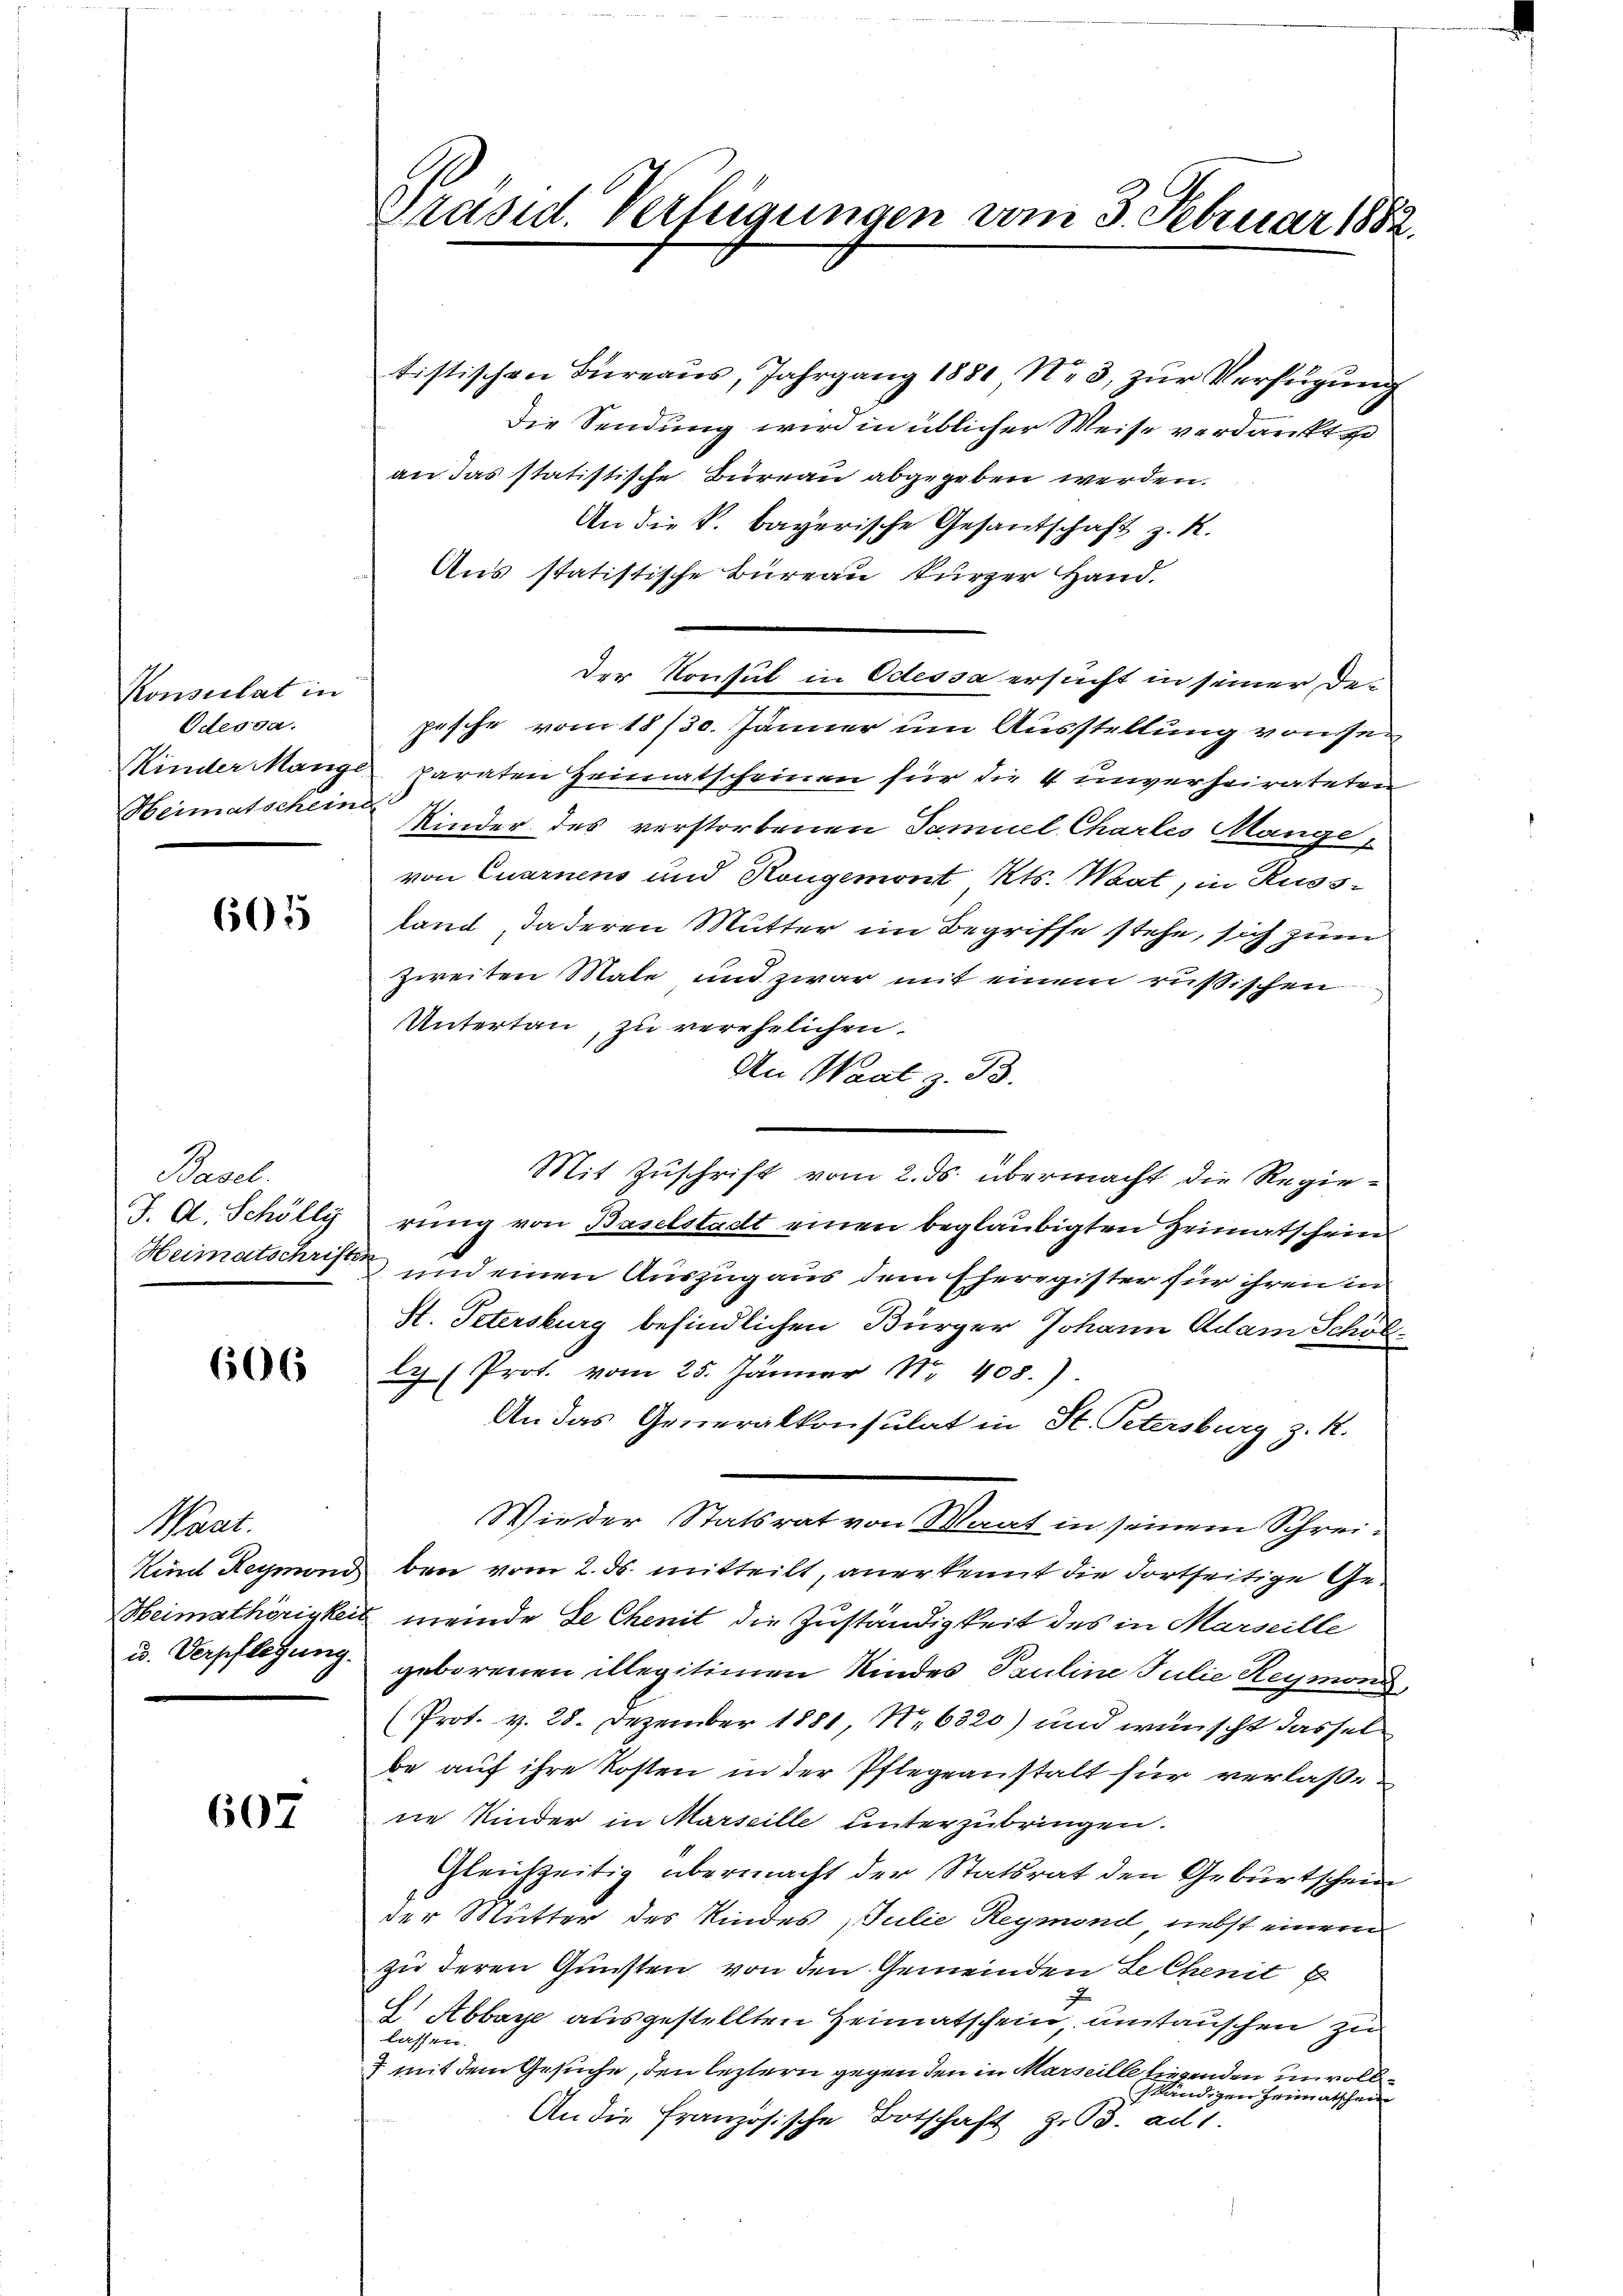
Pemontat in
Odeosa.
Heimatscheine

605

Basel.
J. A. Schölly

606

Mart.
u. Verpflegung.

607

Präsid. Verfügungen vom 3. Februar 1882.

tistischen Büreaŭs, Jahrgang 1881, Nr. 3, zŭr Verfügŭng
Die Sendung wird in üblicher Weise verdankt
an das statistische Büreau abgegeben werden.
An die S. bayerische Gesandschaft z. R.
Aus statistische Büreau kurzer Hand.
Der Konsul in Odessa ersucht in seiner Depesche vom 18/30. Jänner um Ausstellung von se
Kinder Mange paraten Heimatscheinen für die 4 unverheirateten
Kinder des verstorbenen Samuel Chartes Mange
von Quarnens und Rongemont, Kts. Wat, in Russ-
land daderen Mutter im Begriffe stehe, sich zum
zweiten Male und zwar mit einem russischen
Untertau, zu verehelichen
An Waat z. B.
Mit Zuschrift vom 2. ds. übermacht die Regierung von Baselstadt einen beglaubigten Heimatschein
Heimatschrift und einen Auszug aus dem Eheregister für ihren in
St. Petersburg befindlichen Bürger Johann Adam Schölly (Prot. vom 25. Jänner Nr. 408.)
An das Generalkonsulat in St. Petersburg z. R.
Wieder Statsrat von Waat in seinem Schrei¬
Kind Reymond bei vom 2. ds. mitteilt, anerkennt die dortseitige Ge¬
Heimathörigkeit meinde de Chenit die Zuständigkeit des in Marseille
geborenen illegitimen Kindes Pauline Julie Reymoni,
(Prot. v. 28. Dezember 1881, No 6320) und wünscht dassel
be auf ihre Kosten in der Pflegeanstalt für verlaße
ne Kinder in Marseille unterzubringen.
Gleichzeitig übermacht der Statsrat den Geburtschein
der Mutter des Kindes, Julie Reymond, nebst einem
zu deren Gunsten von den Gemeinden Lechenit
J
E Abbaye ausgestellten Heimatschein, umtauschen zu
lassen.
7 mit dem Gesuche, den leztern gegen den in Marseille liegenden unvollständigen Heimatschein
An die französische Botschaft z. B. ad 1.